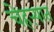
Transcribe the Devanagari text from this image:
चेहऱ्यात